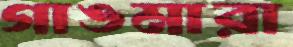
গাঙমারা